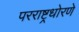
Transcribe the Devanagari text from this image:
परराष्ट्रधोरणे